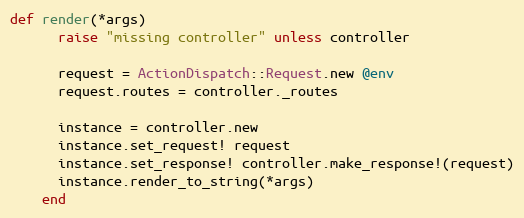
Language: Ruby
def render(*args)
      raise "missing controller" unless controller

      request = ActionDispatch::Request.new @env
      request.routes = controller._routes

      instance = controller.new
      instance.set_request! request
      instance.set_response! controller.make_response!(request)
      instance.render_to_string(*args)
    end